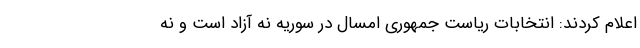
اعلام کردند: انتخابات ریاست جمهوری امسال در سوریه نه آزاد است و نه